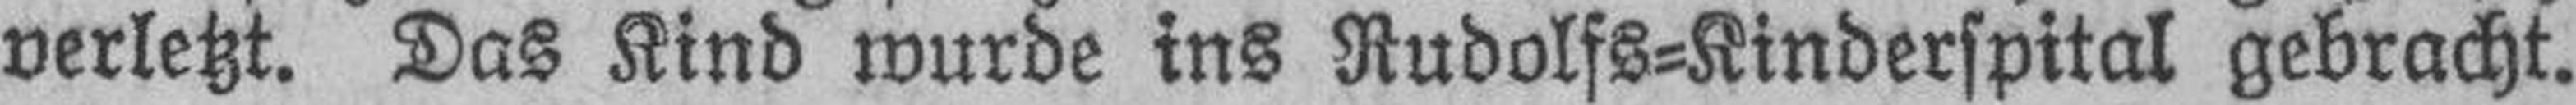
verletzt. Das Kind wurde ins Rudolfs=Kinderspital gebracht.